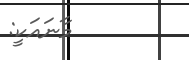
މާނައަކީ: